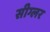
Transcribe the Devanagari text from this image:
सीग्लर